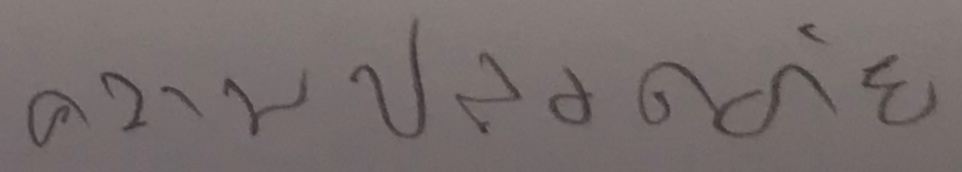
ความปลอดภัย